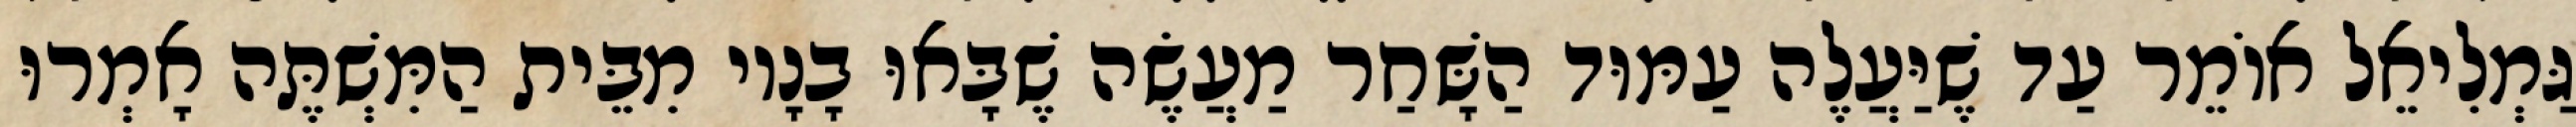
גַּמְלִיאֵל אוֹמֵר עַד שֶׁיַּעֲלֶה עַמּוּד הַשָּׁחַר מַעֲשֶׂה שֶׁבָּאוּ בָנָיו מִבֵּית הַמִּשְׁתֶּה אָמְרוּ